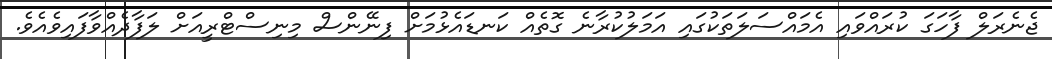
ޖެނެރަލް ފާހަގަ ކުރައްވައި އެމައްސަލަތަކުގައި އަމަލުކުރާނެ ގޮތެއް ކަނޑައެޅުމަށް ފިނޭންސް މިނިސްޓްރީއަށް ލަފާދެއްވާފައިވެއެވެ.